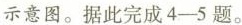
示意图。据此完成4-5题。